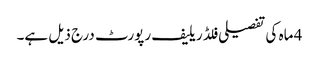
4 ماہ کی تفصیلی فلڈ ریلیف رپورٹ درج ذیل ہے۔